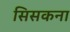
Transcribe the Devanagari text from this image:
सिसकना